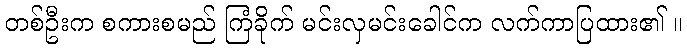
တစ်ဦးက စကားစမည် ကြံခိုက် မင်းလှမင်းခေါင်က လက်ကာပြထား၏ ။